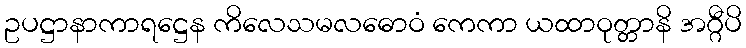
ဥပဋ္ဌာနာကာရဋ္ဌေန ကိလေသမလဓောဝံ ကေကာ ယထာဝုတ္တာနိ အဂ္ဂီပိ